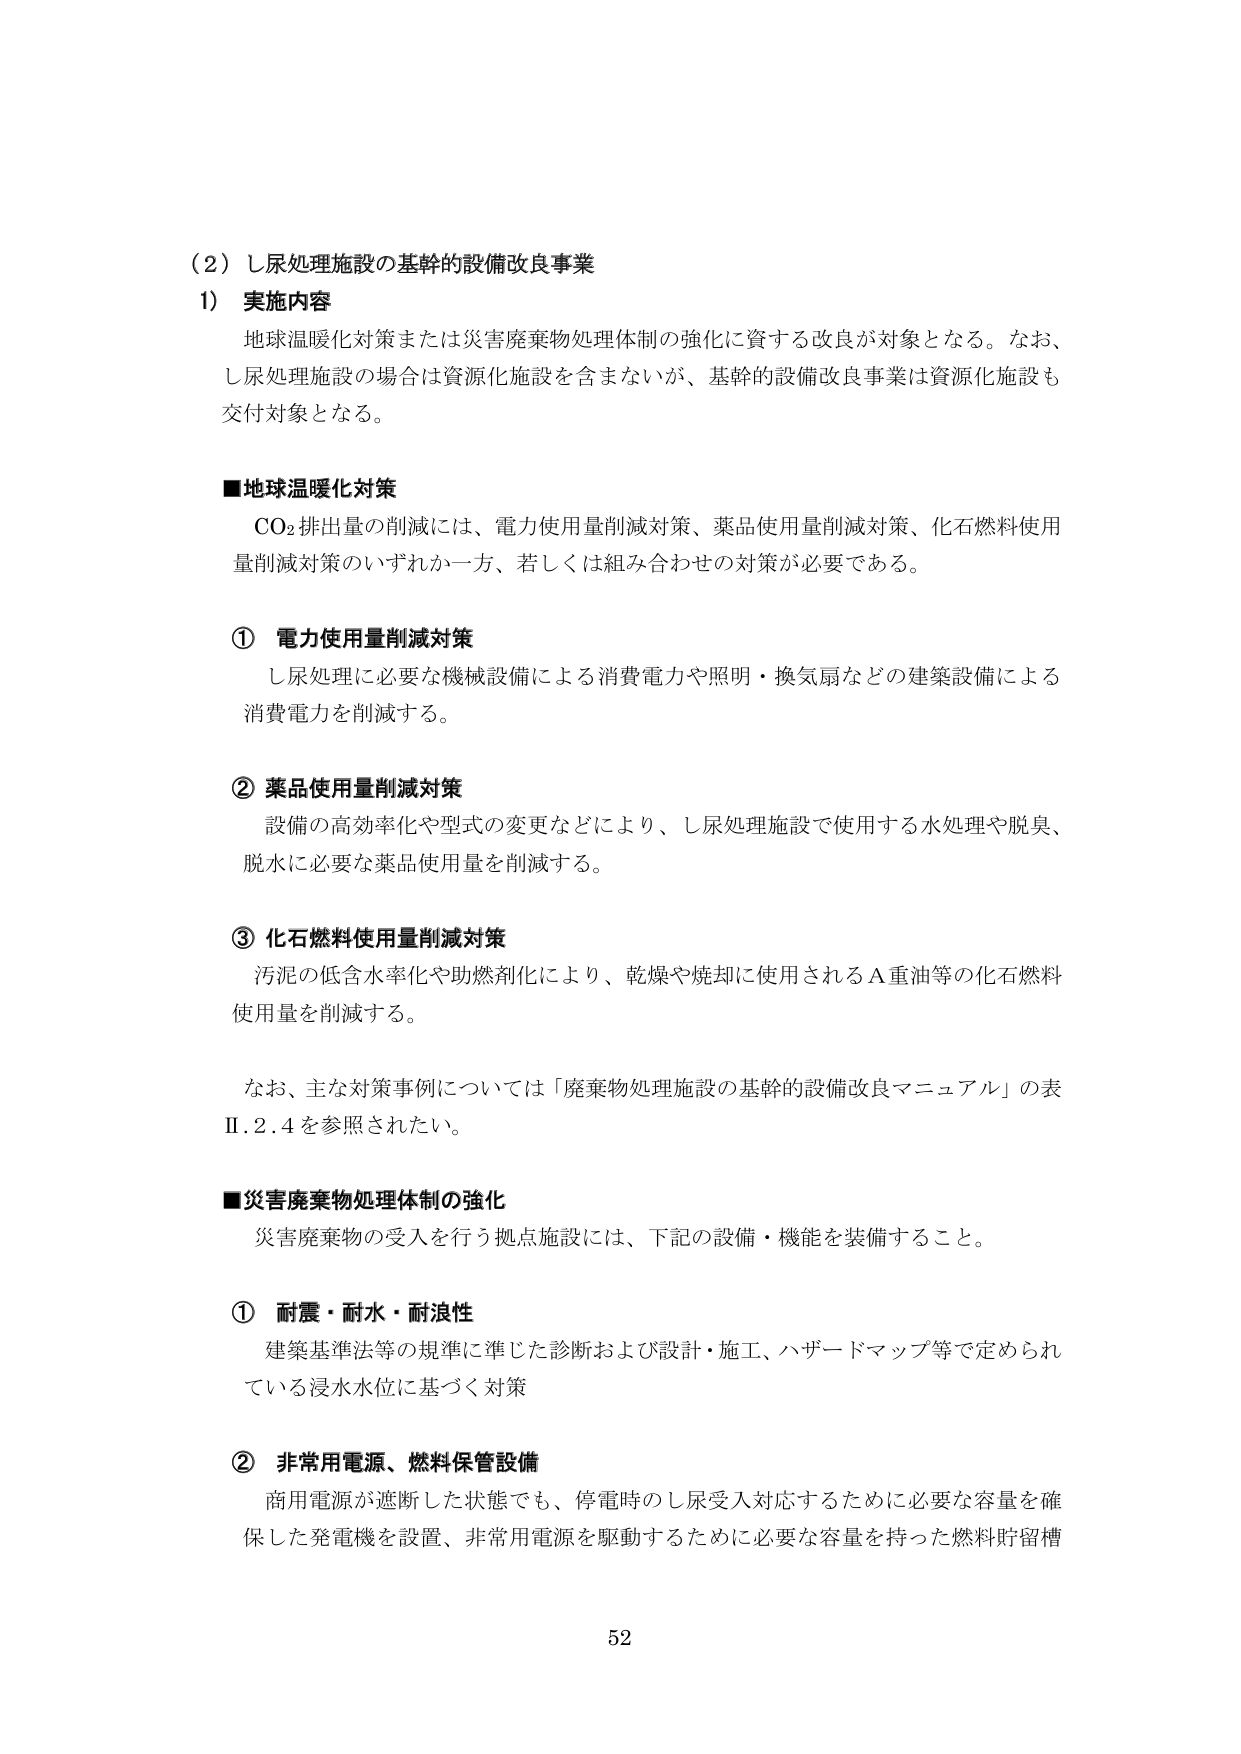
（2）し尿処理施設の基幹的設備改良事業
1） 実施内容
地球温暖化対策または災害廃棄物処理体制の強化に資する改良が対象となる。なお、
し尿処理施設の場合は資源化施設を含まないが、基幹的設備改良事業は資源化施設も
交付対象となる。

■地球温暖化対策
CO₂排出量の削減には、電力使用量削減対策、薬品使用量削減対策、化石燃料使用
量削減対策のいずれか一方、若しくは組み合わせの対策が必要である。

① 電力使用量削減対策
し尿処理に必要な機械設備による消費電力や照明・換気扇などの建築設備による
消費電力を削減する。

② 薬品使用量削減対策
設備の高効率化や型式の変更などにより、し尿処理施設で使用する水処理や脱臭、
脱水に必要な薬品使用量を削減する。

③ 化石燃料使用量削減対策
汚泥の低含水率化や助燃剤化により、乾燥や焼却に使用されるＡ重油等の化石燃料
使用量を削減する。

なお、主な対策事例については「廃棄物処理施設の基幹的設備改良マニュアル」の表
Ⅱ.2.4を参照されたい。

■災害廃棄物処理体制の強化
災害廃棄物の受入を行う拠点施設には、下記の設備・機能を装備すること。

① 耐震・耐水・耐液性
建築基準法等の規準に準じた診断および設計・施工、ハザードマップ等で定められ
ている浸水水位に基づく対策

② 非常用電源、燃料保管設備
商用電源が遮断した状態でも、停電時のし尿受入対応するために必要な容量を確
保した発電機を設置、非常用電源を駆動するために必要な容量を持った燃料貯留槽

52